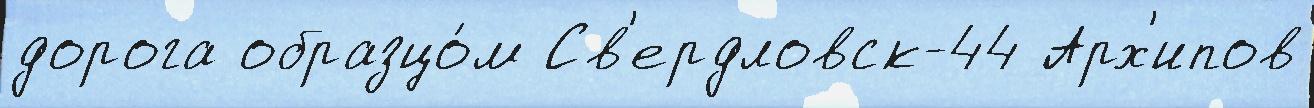
дорога образцо́м Св'ердловск-44 Арх'ипов